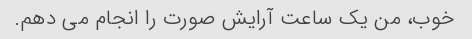
خوب، من یک ساعت آرایش صورت را انجام می دهم.